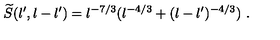
\widetilde { S } ( l ^ { \prime } , l - l ^ { \prime } ) = l ^ { - 7 / 3 } ( l ^ { - 4 / 3 } + ( l - l ^ { \prime } ) ^ { - 4 / 3 } ) \ .